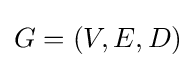
G=(V,E,D)